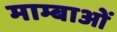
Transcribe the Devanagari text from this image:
माम्बाओं